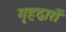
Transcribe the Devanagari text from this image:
गृहद्वारों